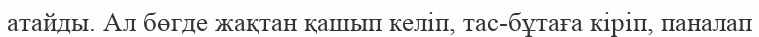
атайды. Ал бөгде жақтан қашып келіп, тас-бұтаға кіріп, паналап